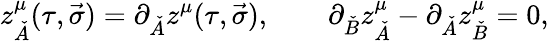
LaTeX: z_{\check{A}}^{\mu}(\tau,\vec{\sigma})=\partial_{\check{A}}z^{\mu}(\tau,\vec{\sigma}),\quad\quad\partial_{\check{B}}z_{\check{A}}^{\mu}-\partial_{\check{A}}z_{\check{B}}^{\mu}=0,